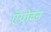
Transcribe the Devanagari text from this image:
ऍग्रोवन